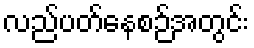
လည်ပတ်နေစဉ်အတွင်း